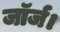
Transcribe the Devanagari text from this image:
जॉर्ज।